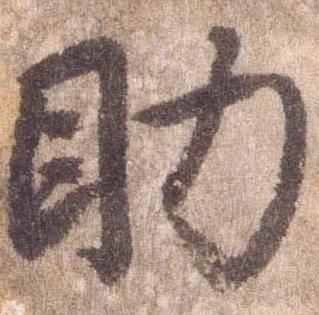
助